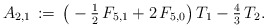
\begin{align*}A_{2,1}\,:=\,\big(-\tfrac{1}{2}\,F_{5,1}+2\,F_{5,0}\big)\,T_1-\tfrac{4}{3}\,T_2.\end{align*}